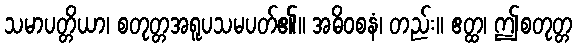
သမာပတ္တိယာ၊ စတုတ္တအရူပသမပတ်၏။ အဓိဝစနံ၊ တည်း။ ဧတ္ထ၊ ဤစတုတ္တ